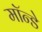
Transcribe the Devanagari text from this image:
मॉन्डे